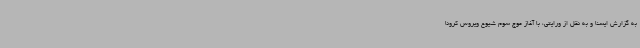
به گزارش ایسنا و به نقل از ورایتی، با آغاز موج سوم شیوع ویروس کرونا